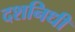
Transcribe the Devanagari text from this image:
दशनिधी